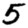
Digit: 5